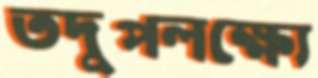
তদুপলক্ষ্যে